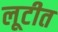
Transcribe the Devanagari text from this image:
लूटीत